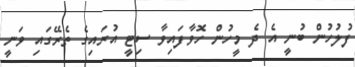
ފުލުހުން ބުނީ އެ ދެ މީހުން ހޮވާފައިވާ ސިޓީ އުރައިގެ ތެރޭގައި ވަނީ